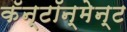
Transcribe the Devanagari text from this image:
कॅन्टॉन्मेन्ट